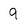
Character: 9